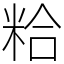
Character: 粭